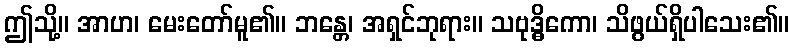
ဤသို့။ အာဟ၊ မေးတော်မူ၏။ ဘန္တေ၊ အရှင်ဘုရား။ သဗုဒ္ဓိကော၊ သိဖွယ်ရှိပါသေး၏။